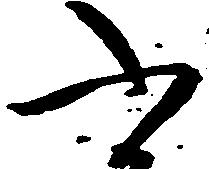
ふ